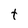
Character: t